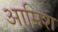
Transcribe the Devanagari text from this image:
आमिश